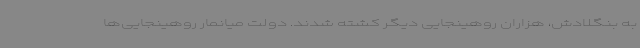
به بنگلادش، هزاران روهینجایی دیگر کشته شدند. دولت میانمار روهینجایی‌ها